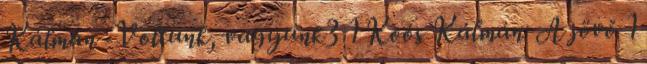
Kálmán -Voltunk, vagyunk3 1 Koós Kálmán: A jövő 1